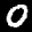
Label: 0